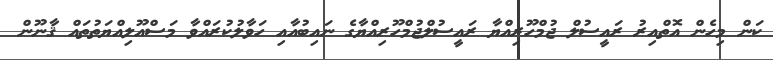
ކަން މިހެން އޮތްއިރު ރައީސުލް ޖުމްހޫރިއްޔާ ރައީސުލްޖުމްހޫރިއްޔާގެ ނައިބުއާއި ހަވާލުކުރައްވާ މަސްއޫލިއްޔަތުތައް ޤާނޫން